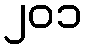
၂၀၁